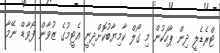
ޓްރެޑެލީ ދިން ޕާހަކުން މި ގޯލް ކާމިޔާބުކޮށްދިނީ އެޓީމުގެ ޒުވާން ފޯވާޑް ނޭމާ